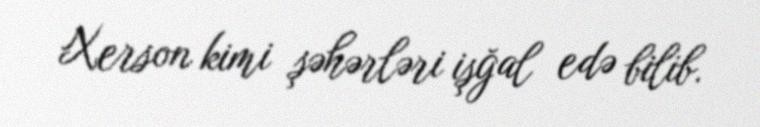
Xerson kimi şəhərləri işğal edə bilib.